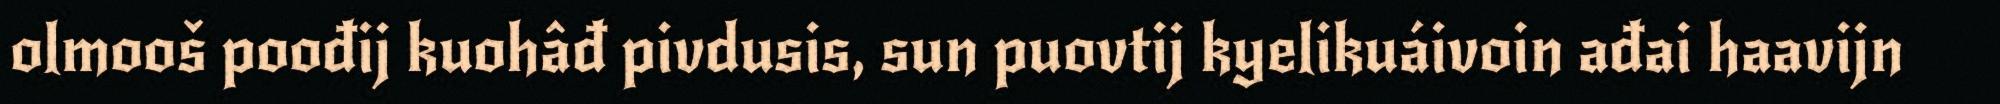
olmooš poođij kuohâđ pivdusis, sun puovtij kyelikuáivoin ađai haavijn